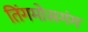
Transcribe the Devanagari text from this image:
तिंगमोसगंग